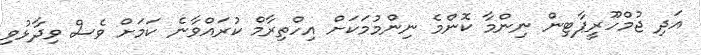
އަދި ޖުމްހޫރީޕާޓިން ނިންމާ ކޮންމެ ނިންމުމަކަށް އިހްތިރާމް ކުރައްވާނެ ކަމަށް ވެސް ވިދާޅުވި